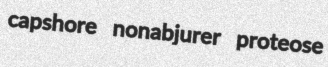
capshore nonabjurer proteose